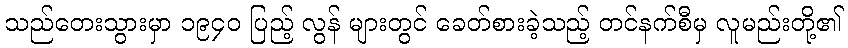
သည်တေးသွားမှာ ၁၉၄၀ ပြည့် လွန် များတွင် ခေတ်စားခဲ့သည့် တင်နက်စီမှ လူမည်းတို့၏